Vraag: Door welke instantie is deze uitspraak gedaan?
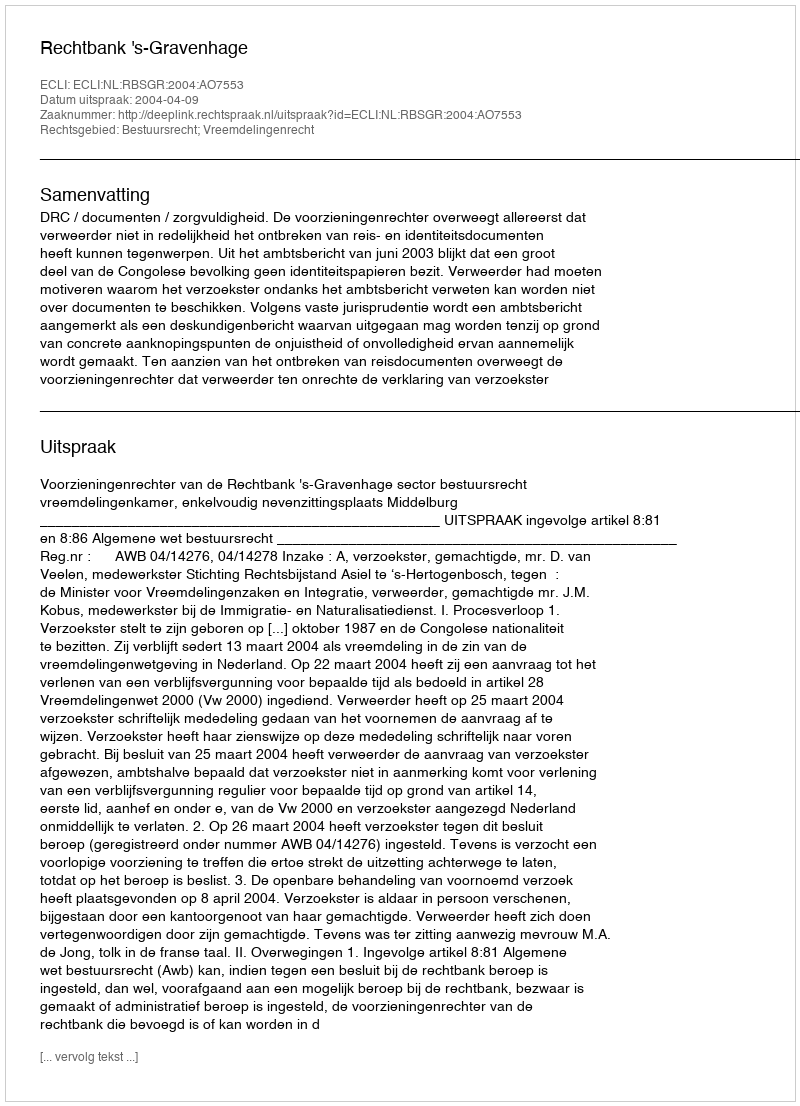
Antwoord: Rechtbank 's-Gravenhage